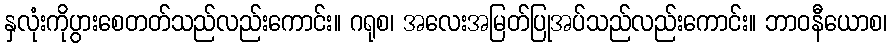
နှလုံးကိုပွားစေတတ်သည်လည်းကောင်း။ ဂရုစ၊ အလေးအမြတ်ပြုအပ်သည်လည်းကောင်း။ ဘာဝနီယောစ၊